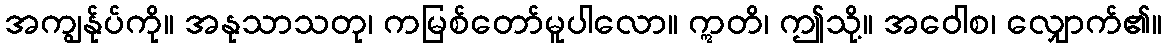
အကျွန်ုပ်ကို။ အနုသာသတု၊ ကမြစ်တော်မူပါလော။ ဣတိ၊ ဤသို့။ အဝေါစ၊ လျှောက်၏။